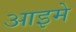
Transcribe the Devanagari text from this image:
आइमे